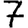
Digit: 7